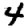
Digit: 4